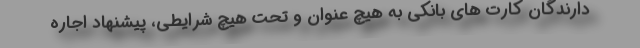
دارندگان کارت های بانکی به هیچ عنوان و تحت هیچ شرایطی، پیشنهاد اجاره